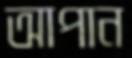
আপান